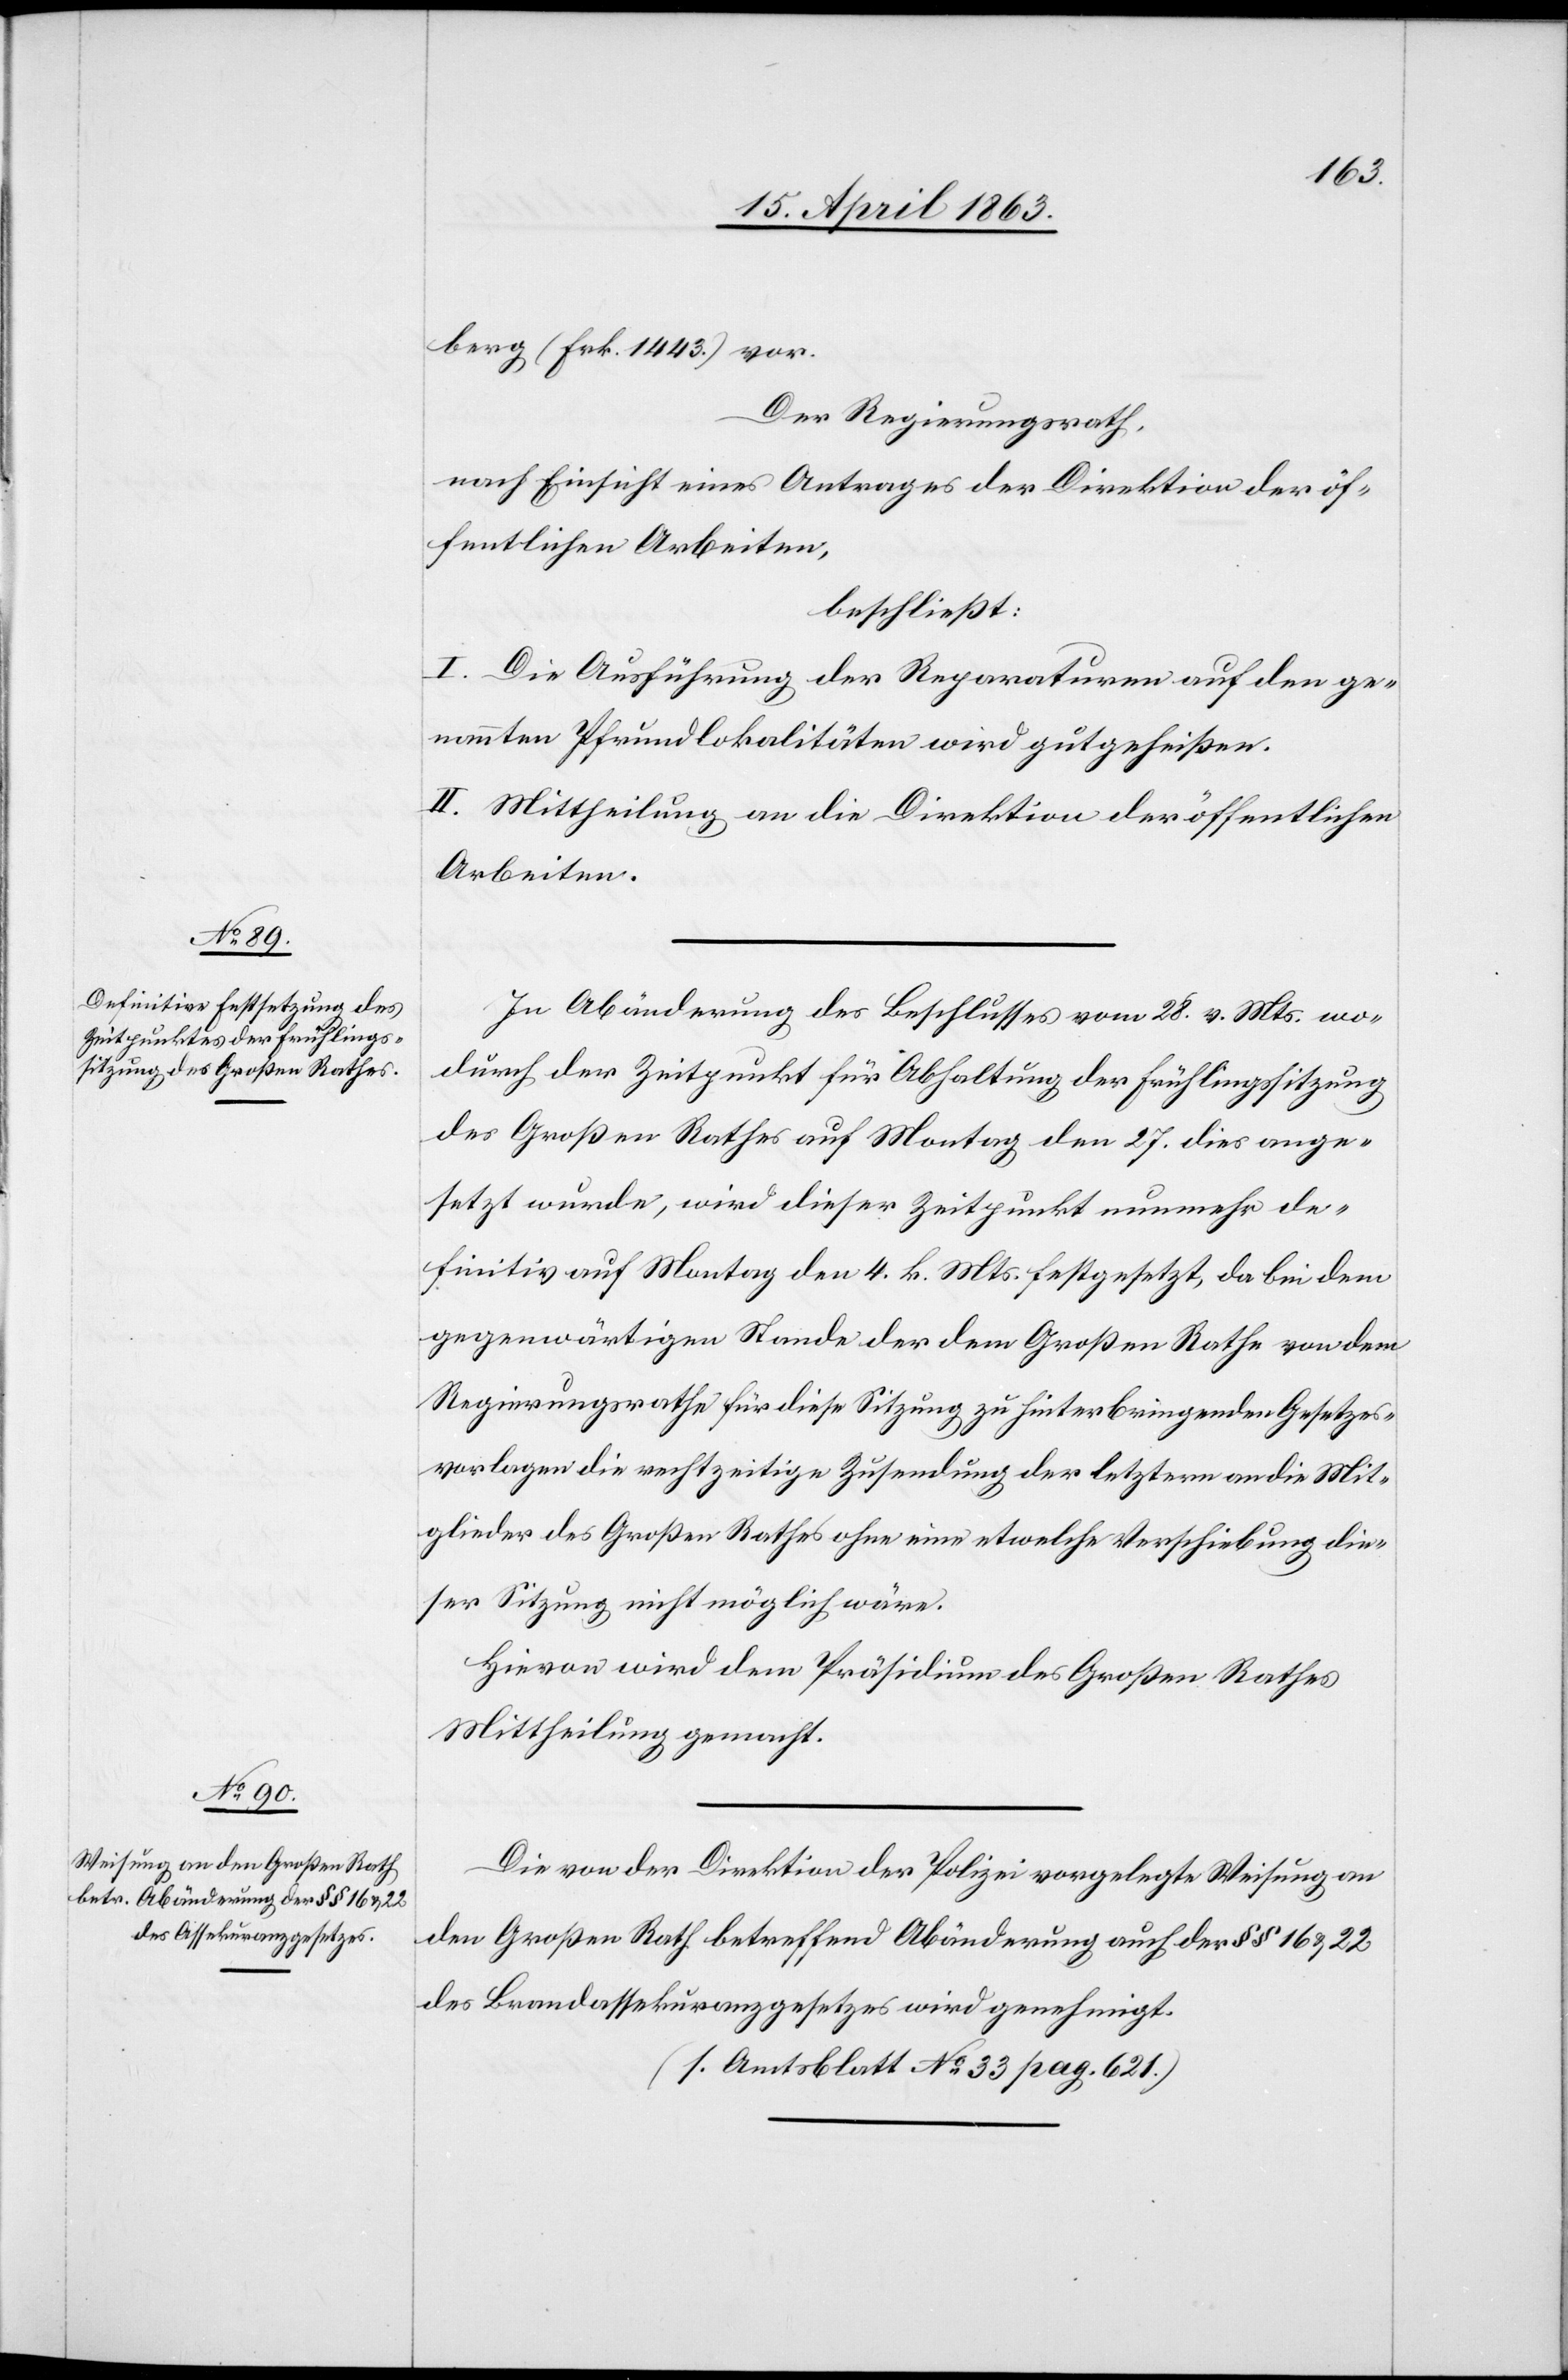
berg (Frk. 1443.) vor.
Der Regierungsrath,
nach Einsicht eines Antrages der Direktion der öf¬
fentlichen Arbeiten,
beschließt:
I. Die Ausführung der Reparaturen auf den ge¬
nannten Pfrundlokalitäten wird gutgeheißen.
II. Mittheilung an die Direktion der öffentlichen
Arbeiten.
In Abänderung des Beschlusses vom 28. v. Mts. wo¬
durch der Zeitpunkt für Abhaltung der Frühlingssitzung
des Großen Rathes auf Montag den 27. dies ange¬
setzt wurde, wird dieser Zeitpunkt nunmehr de¬
finitiv auf Montag den 4. k. Mts. festgesetzt, da bei dem
gegenwärtigen Stande der dem Großen Rathe von dem
Regierungsrathe für diese Sitzung zu hinterbringenden Gesetzes¬
vorlagen die rechtzeitige Zusendung der letztern an die Mit¬
glieder des Großen Rathes ohne eine etwelche Verschiebung die¬
ser Sitzung nicht möglich wäre.
Hievon wird dem Präsidium des Großen Rathes
Mittheilung gemacht.
Die von der Direktion der Polizei vorgelegte Weisung an
den Großen Rath betreffend Abänderung auch der §§ 16 & 22
des Brandassekuranzgesetzes wird genehmigt.
(s. Amtsblatt No 33 pag. 621.)